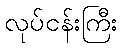
လုပ်ငန်းကြီး